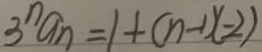
3 ^ { n } a _ { n } = 1 + ( n - 1 ) ( - 2 )